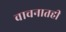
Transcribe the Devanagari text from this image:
वाचनातही